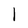
Character: 1